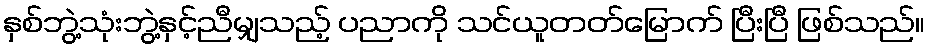
နှစ်ဘွဲ့သုံးဘွဲ့နှင့်ညီမျှသည့် ပညာကို သင်ယူတတ်မြောက် ပြီးပြီ ဖြစ်သည်။